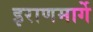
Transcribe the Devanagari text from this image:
इराणमार्गे